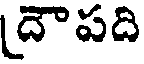
(దౌపది